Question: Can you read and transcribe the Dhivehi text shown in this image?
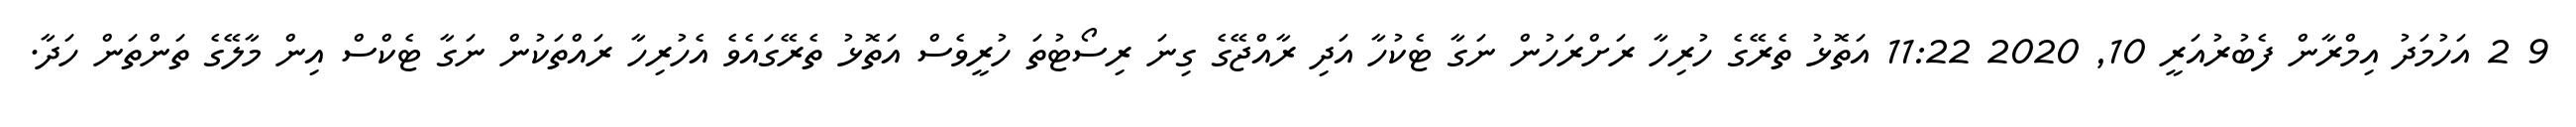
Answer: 9 2 އަހުމަދު އިމްރާން ފެބުރުއަރީ 10, 2020 11:22 އަތޮޅު ތެރޭގެ ހުރިހާ ރަށްރަހުން ނަގާ ޓެކުހާ އަދި ރާއްޖޭގެ ގިނަ ރިސޯޓުތަ ހުރީވެސް އަތޮޅު ތެރޭގައެވެ އެހުރިހާ ރައްތަކުން ނަގާ ޓެކްސް އިން މާލޭގެ ތަންތަން ހަދާ.